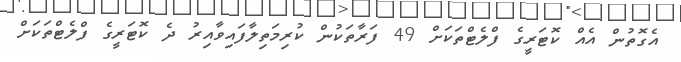
އެގޮތުން އެއް ކޮޓަރީގެ ފްލެޓްތަކަށް 49 ފަރާތަކުން ކުރިމަތިލާފައިވާއިރު ދެ ކޮޓަރީގެ ފްލެޓްތަކަށް